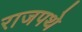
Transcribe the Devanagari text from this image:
राजपथे